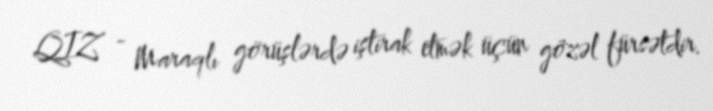
QIZ - Maraqlı görüşlərdə iştirak etmək üçün gözəl fürsətdir.